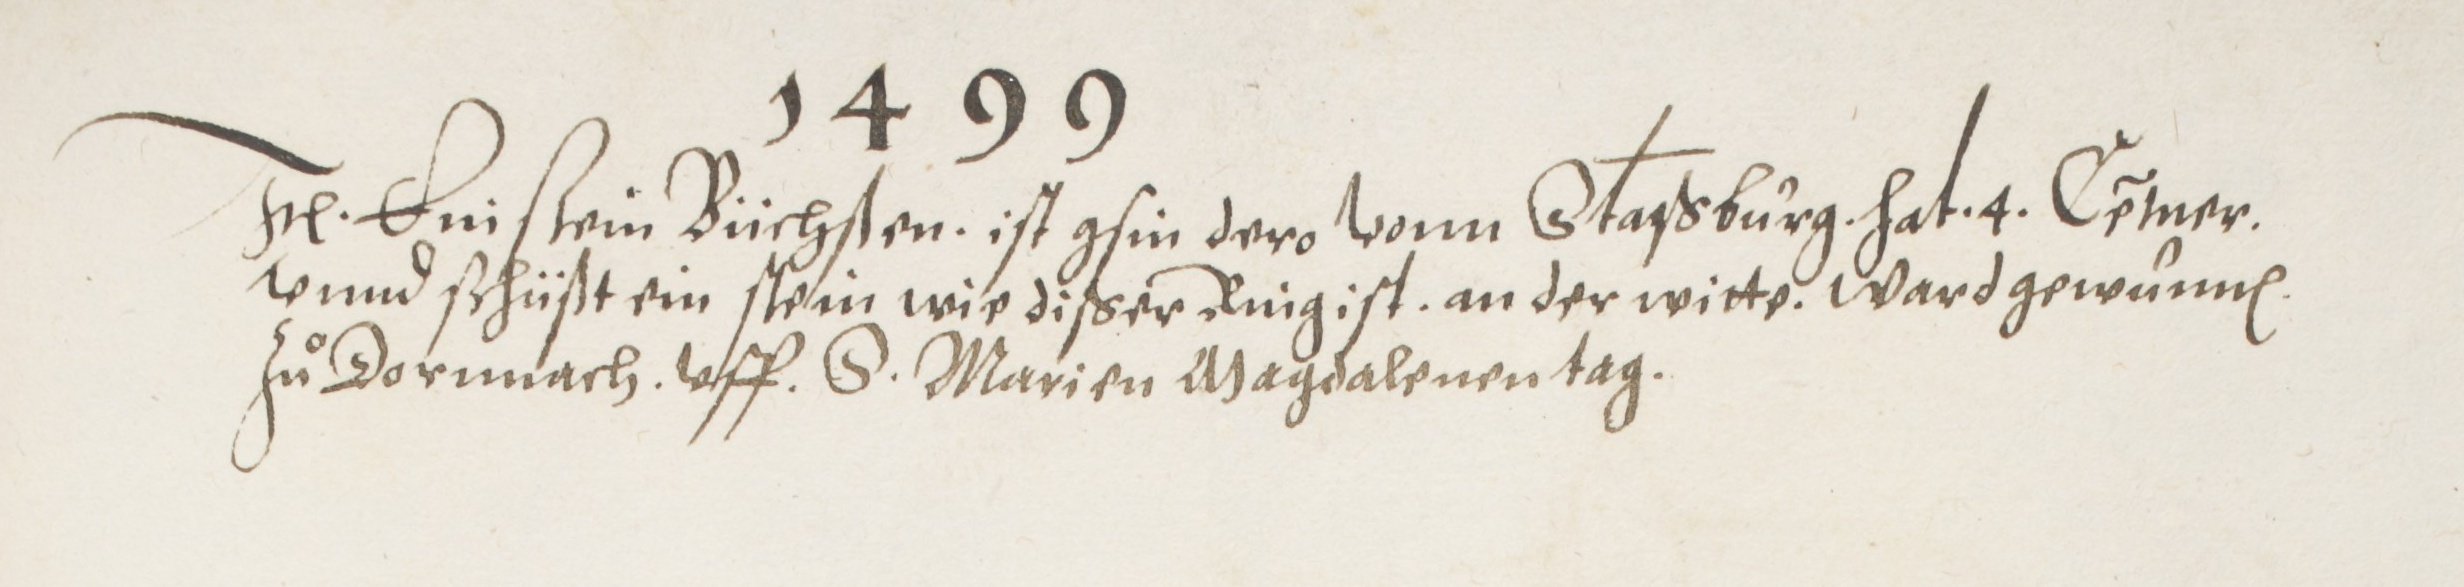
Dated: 1572–1572